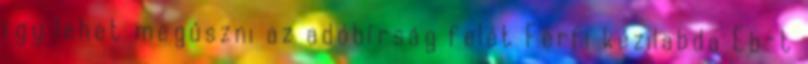
így lehet megúszni az adóbírság felét Férfi kézilabda Eb-t